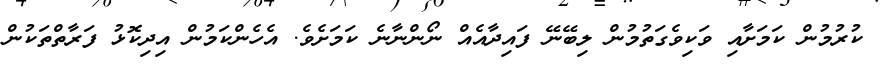
ކުރުމުން ކަމަށާއި ވަކިވެގަތުމުން ލިބޭނޭ ފައިދާއެއް ނޯންނާނެ ކަމަށެވެ. އެހެންކަމުން އިދިކޮޅު ފަރާތްތަކުން